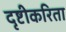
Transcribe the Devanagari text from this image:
दृष्टीकरिता